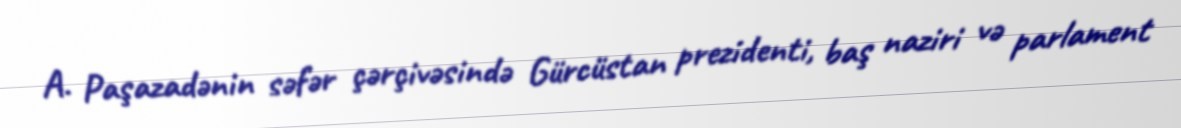
A. Paşazadənin səfər çərçivəsində Gürcüstan prezidenti, baş naziri və parlament